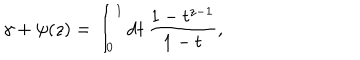
\gamma + \psi ( z ) = \int _ { 0 } ^ { 1 } \mathrm { d } t \, \frac { 1 - t ^ { z - 1 } } { 1 - t } ,